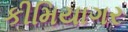
કીમિયાગર